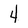
Character: 4